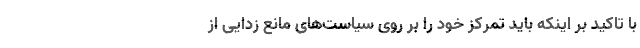
با تاکید بر اینکه باید تمرکز خود را بر روی سیاست‌های مانع زدایی از